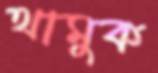
থামুক